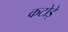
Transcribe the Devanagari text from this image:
कटोड़े